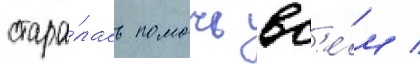
стара́лась помочь вс'е́м /